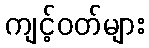
ကျင့်ဝတ်များ